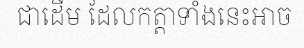
ជាដើម ដែលកត្តាទាំងនេះអាច